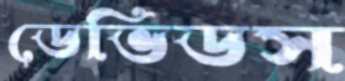
ডেভিডস